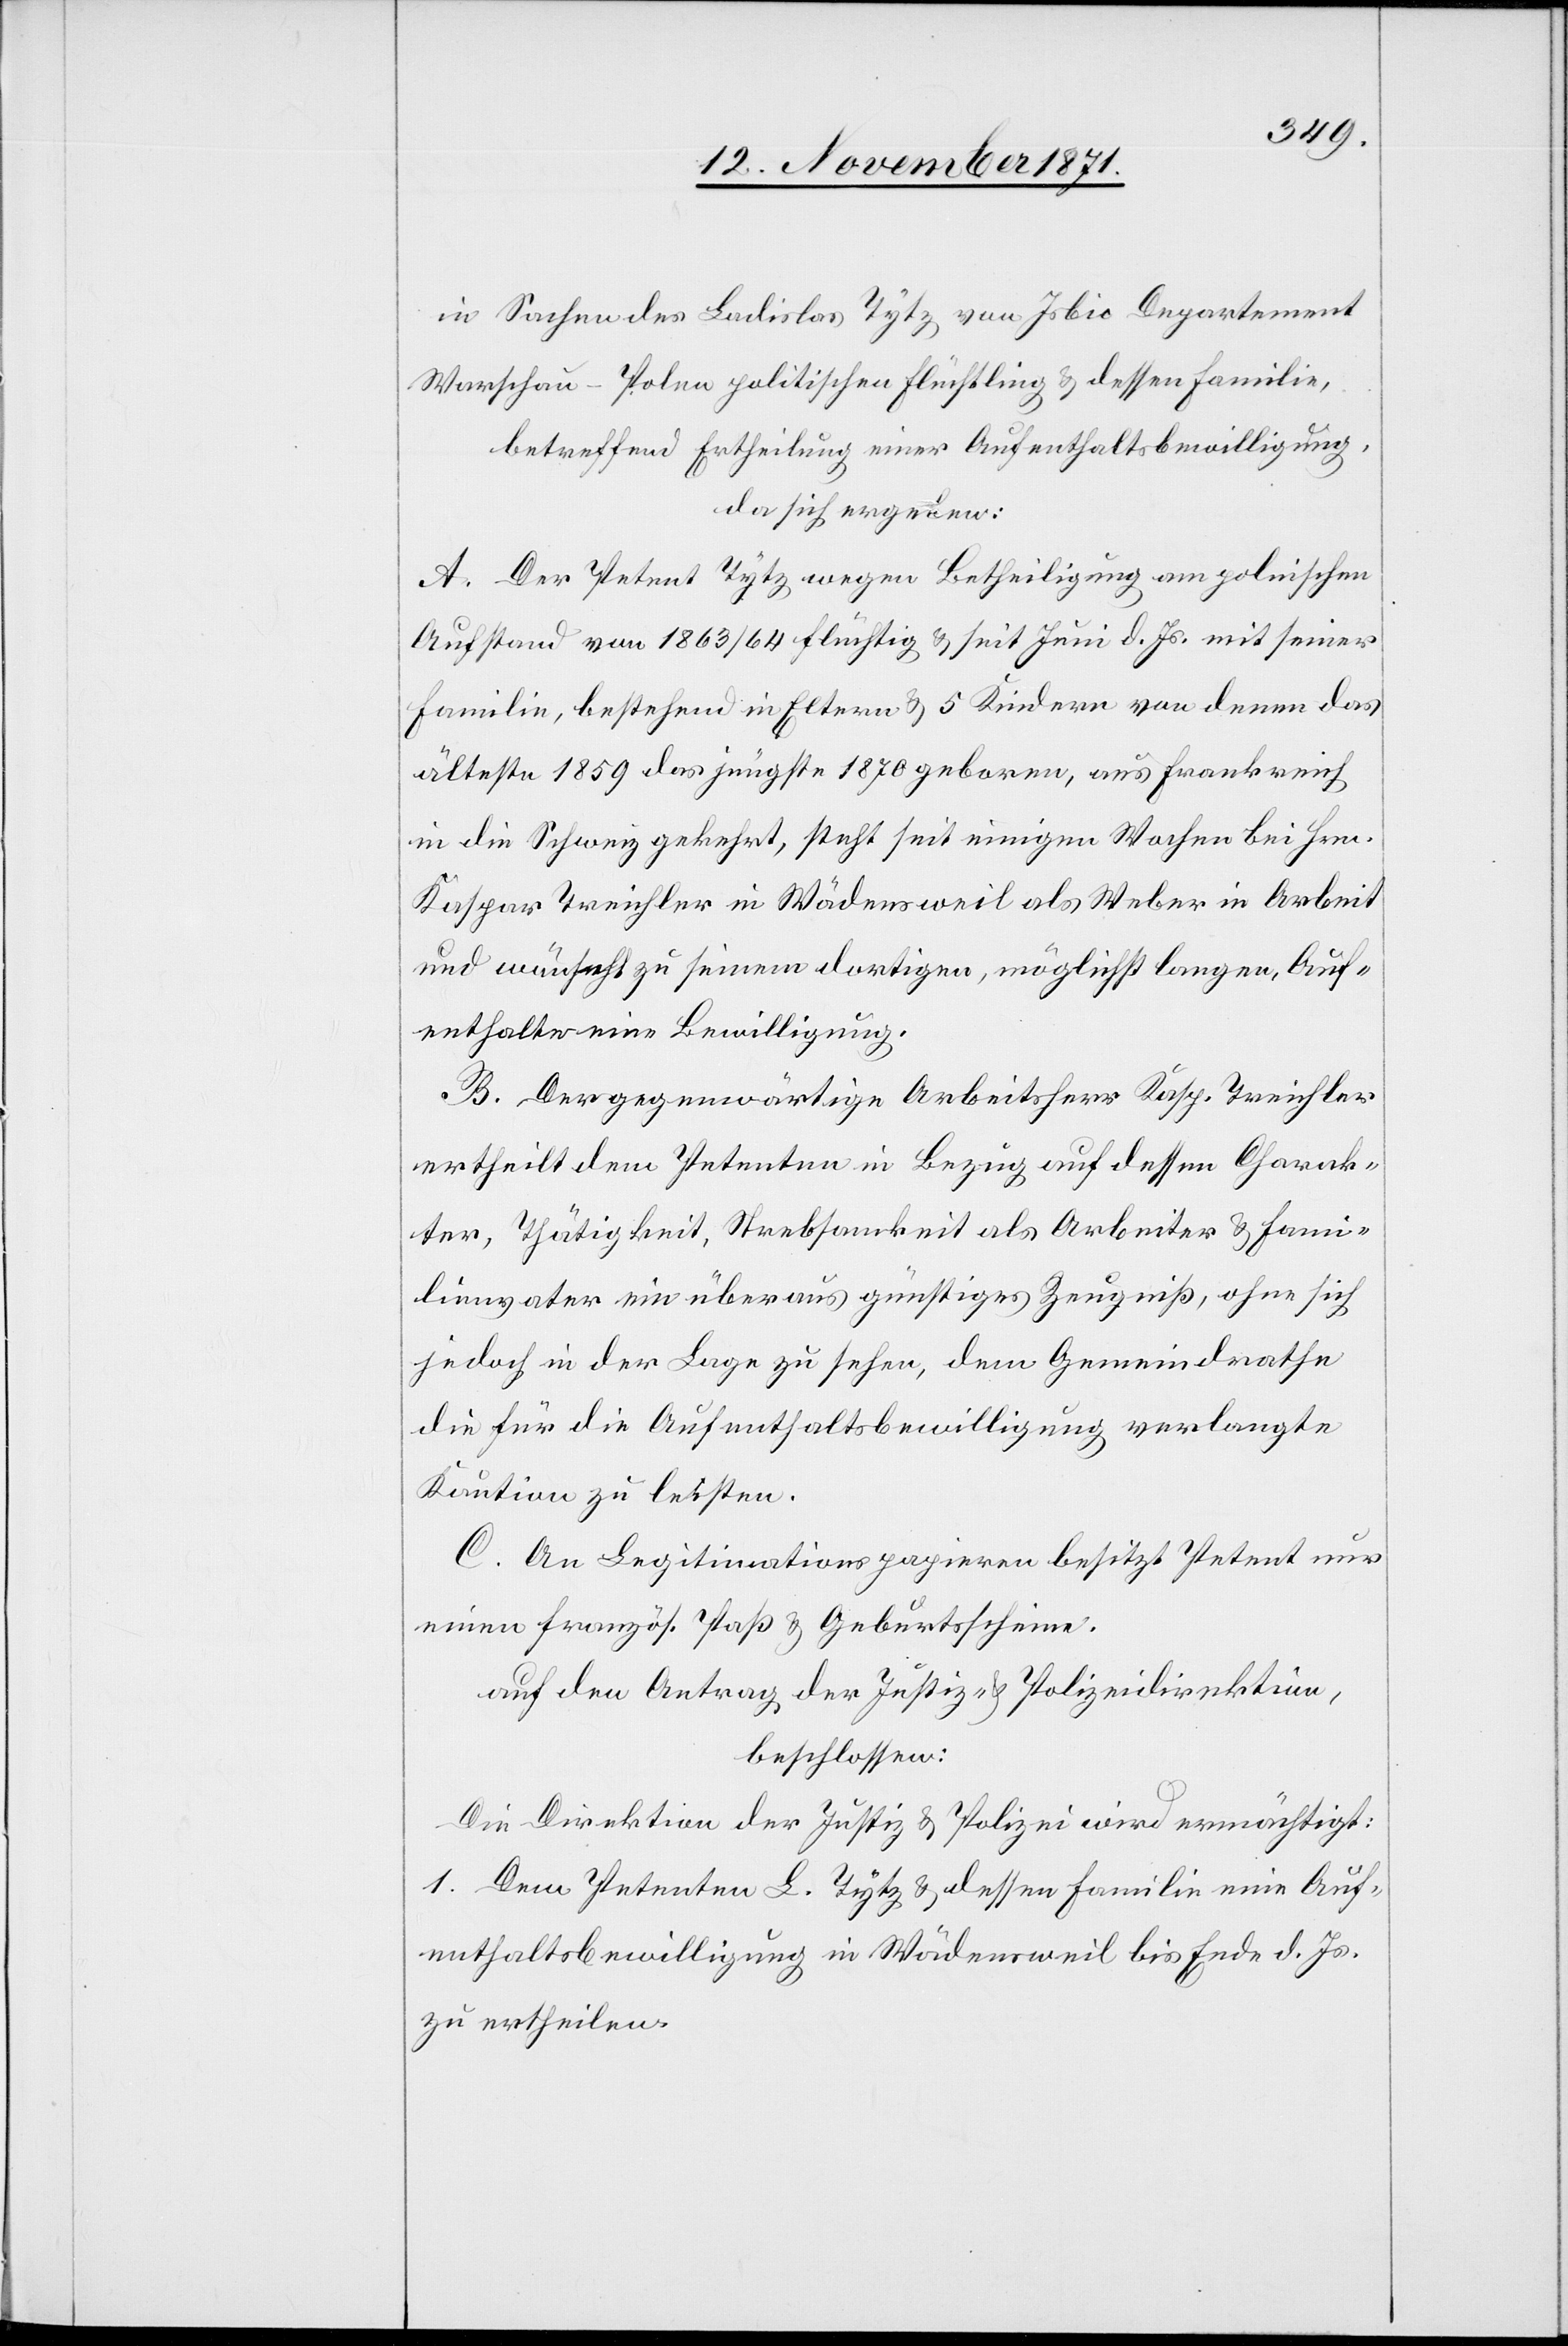
in Sachen des Ladislav Tytz von Irbic Departement
Warschau-Polen politischen Flüchtling & dessen Familie,
betreffend Ertheilung einer Aufenthaltsbewilligung,
da sich ergeben:
A. Der Petent Tytz wegen Betheiligung am polnischen
Aufstand von 1863/64 flüchtig & seit Juni d. Js. mit seiner
Familie, bestehend in Eltern & 5 Kindern von denen das
älteste 1859 das jüngste 1870 geboren, aus Frankreich
in die Schweiz gekehrt, steht seit einigen Wochen bei Hrn.
Kaspar Treichler in Wädensweil als Weber in Arbeit
und wünscht zu seinem dortigen, möglichst langen Auf¬
enthalte eine Bewilligung.
B. Der gegenwärtige Arbeitsherr Kasp. Treichler
ertheilt dem Petenten in Bezug auf dessen Charak¬
ter, Thätigkeit, Strebsamkeit als Arbeiter & Fami¬
lienvater ein überaus günstiges Zeugniß, ohne sich
jedoch in der Lage zu sehen, dem Gemeindrathe
die für die Aufenthaltsbewilligung verlangte
Kaution zu leisten.
C. An Legitimationspapieren besitzt Petent nur
einen französ. Paß & Geburtsschein.
auf den Antrag der Justiz- & Polizeidirektion,
beschlossen:
Die Direktion der Justiz & Polizei wird ermächtigt:
1. Dem Petenten L. Tytz & dessen Familie eine Auf¬
enthaltsbewilligung in Wädensweil bis Ende d. Js.
zu ertheilen.